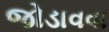
જોડાવવા